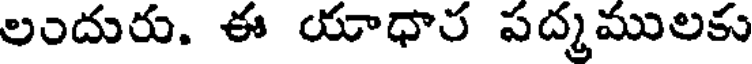
లందురు. ఈ యాధార పద్మములకు